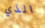
الذي